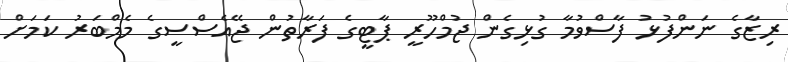
ރިޒާގެ ނަންފުޅު ފާސްވުމާ ގުޅިގެން ޖުމްހޫރީ ޕާޓީގެ ފަރާތުން ޖޭއެސްސީގެ މެމްބަރު ކަމަށް